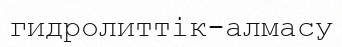
гидролиттік-алмасу